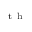
^ { \mathrm { ~ t ~ h ~ } }